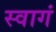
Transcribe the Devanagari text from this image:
स्वागं